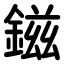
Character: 鎡